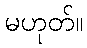
မဟုတ်။